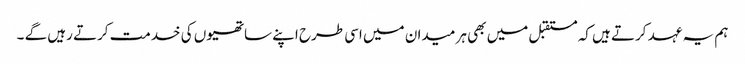
ہم یہ عہد کرتے ہیں کہ مستقبل میں بھی ہر میدان میں اسی طرح اپنے ساتھیوں کی خدمت کرتے رہیں گے ۔